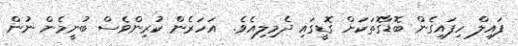
ފައިލް ހިފައިގެން ބޮޑާގޮތަކަށް ގޮޑީގައި ދެމިލިއެވެ.  އަހަރެން ކުރިންވެސް ބުނީމެން ނުން